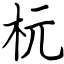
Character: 杬